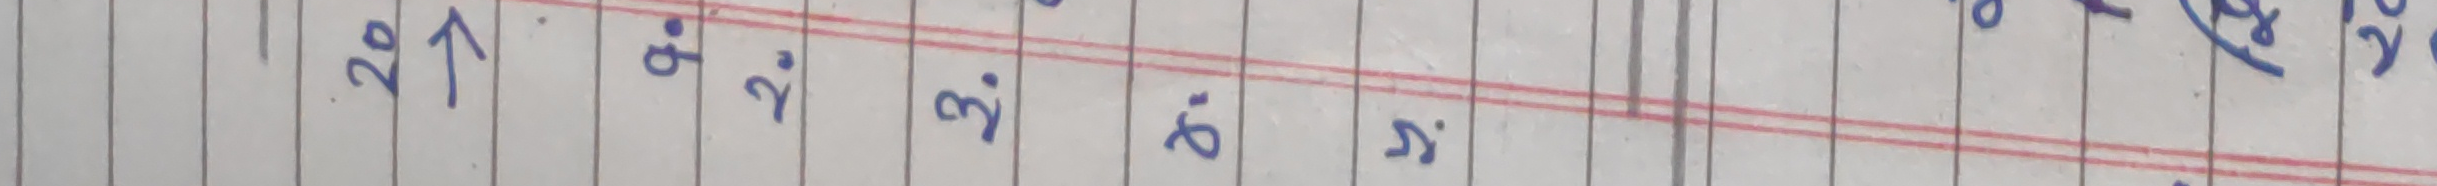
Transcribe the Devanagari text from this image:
२०
२१
२२
२३
२४